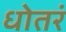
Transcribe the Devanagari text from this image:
धोतरं